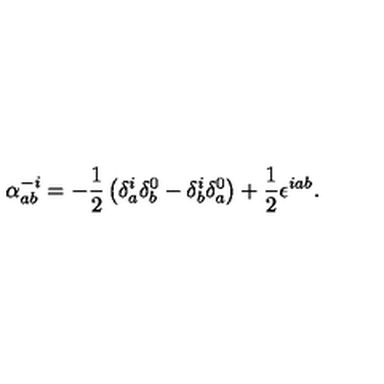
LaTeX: \alpha _ { a b } ^ { - i } = - \frac { 1 } { 2 } \left( \delta _ { a } ^ { i } \delta _ { b } ^ { 0 } - \delta _ { b } ^ { i } \delta _ { a } ^ { 0 } \right) + \frac { 1 } { 2 } \epsilon ^ { i a b } .